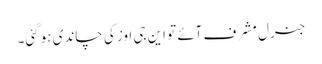
جنرل مشرف آئے تو این جی اوز کی چاندی ہو گئی۔